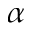
\alpha